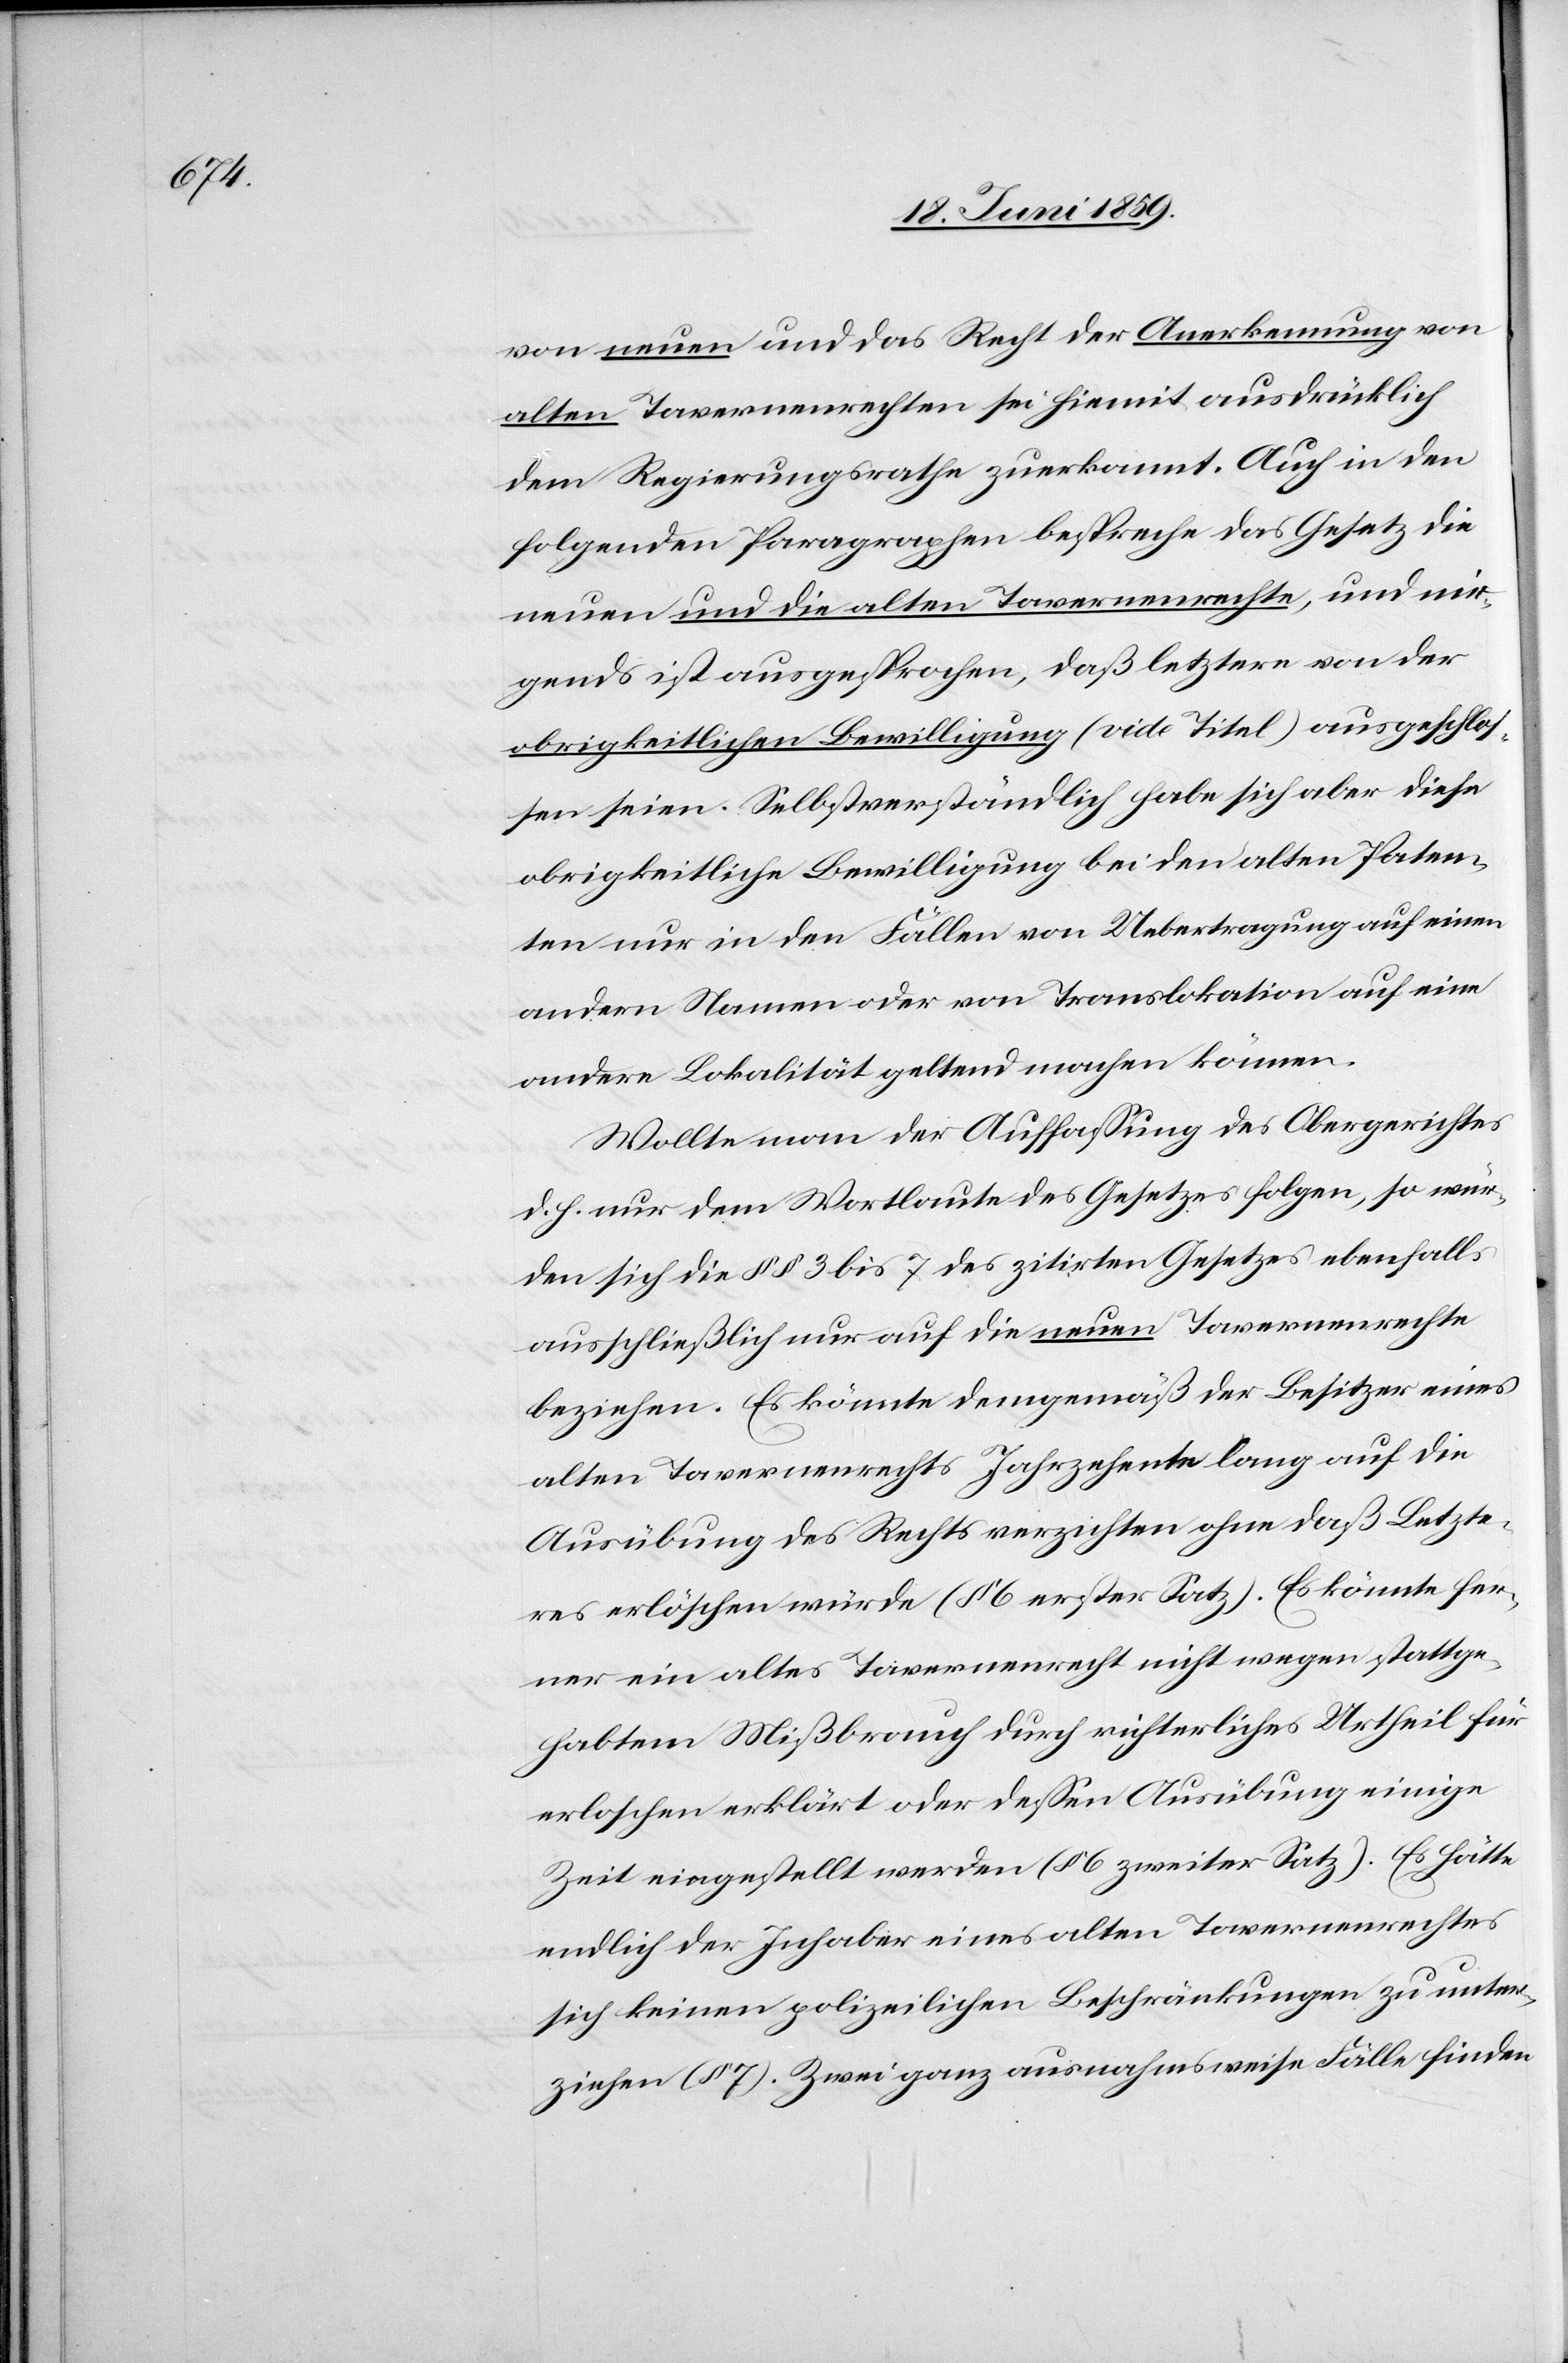
von neuen und das Recht der Anerkennung von
alten Tavernenrechten sei hiemit ausdrücklich
dem Regierungsrathe zuerkannt. Auch in den
folgenden Paragraphen bespreche das Gesetz die
neuen und die alten Tavernenrechte, und nir¬
gends ist ausgesprochen, daß letztere von der
obrigkeitlichen Bewilligung (vide Titel) ausgeschlos¬
sen seien. Selbstverständlich habe sich aber diese
obrigkeitliche Bewilligung bei den alten Paten¬
ten nur in den Fällen von Uebertragung auf einen
andern Namen oder von Translokation auf eine
andere Lokalität geltend machen können.
Wollte man der Auffassung des Obergerichtes
d. h. nur dem Wortlaute des Gesetzes folgen, so wer¬
den sich die §§ 3 bis 7 des zitirten Gesetzes ebenfalls
ausschließlich nur auf die neuen Tavernenrechte
beziehen. Es könnte demgemäß der Besitzer eines
alten Tavernenrechts Jahrzehente lang auf die
Ausübung des Rechts verzichten ohne daß Letzte¬
res erlöschen würde (§ 6 erster Satz). Es könnte fer¬
ner ein altes Tavernenrecht nicht wegen stattge¬
habtem Mißbrauch durch richterliches Urtheil für
erloschen erklärt oder dessen Ausübung einige
Zeit eingestellt werden (§ 6 zweiter Satz). Es hätte
endlich der Inhaber eines alten Tavernenrechtes
sich keinen polizeilichen Beschränkungen zu unter¬
ziehen (§ 7). Zwei ganz ausnahmsweise Fälle finden